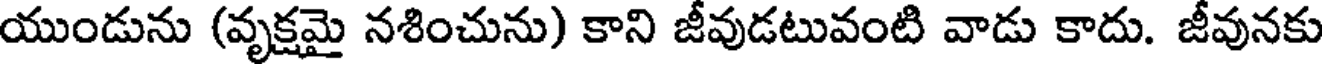
యుండును (వృక్షమై నశించును) కాని జీవుడటువంటి వాడు కాదు. జీవునకు